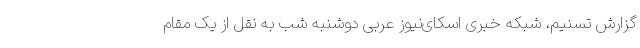
گزارش تسنیم، شبکه خبری اسکای‌نیوز عربی دوشنبه شب به نقل از یک مقام